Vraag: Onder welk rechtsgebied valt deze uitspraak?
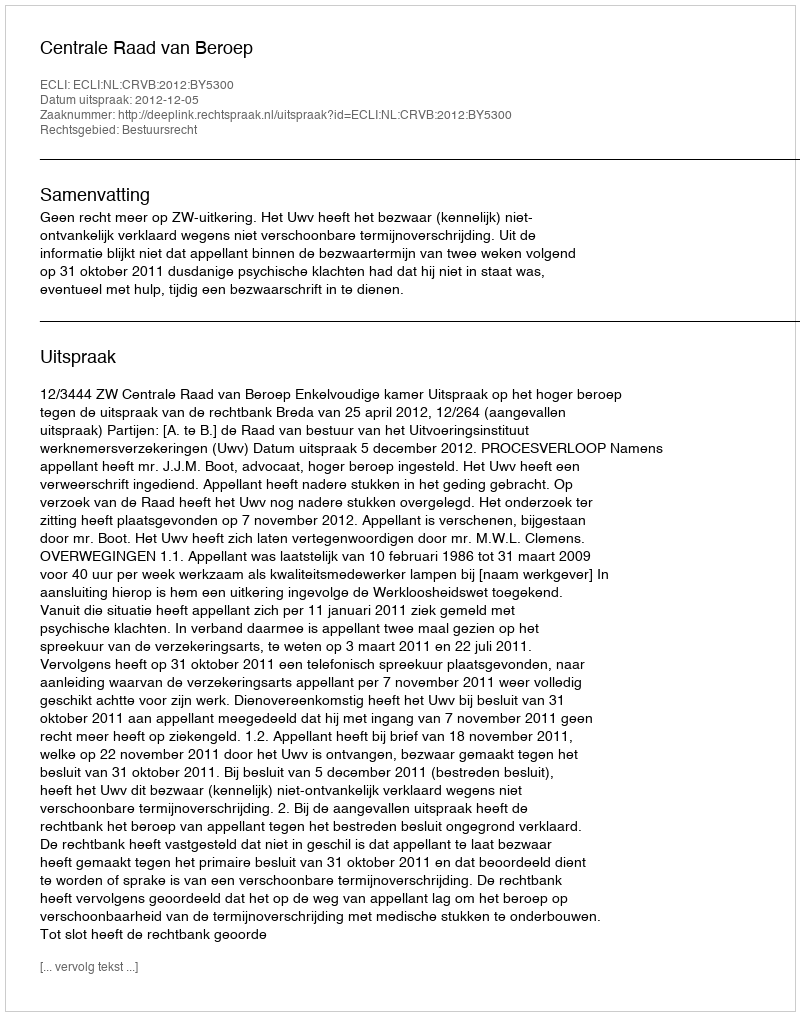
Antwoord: Bestuursrecht